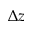
\Delta z